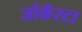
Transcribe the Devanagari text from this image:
जोकॅस्टा